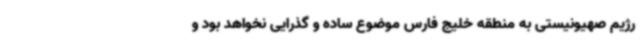
رژیم صهیونیستی به منطقه خلیج فارس موضوع ساده و گذرایی نخواهد بود و